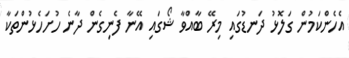
އެހެންކަމުން ގަލޮޅު ދަނޑުގައި މިރޭ ބާއްވާ ޝޯގައި އޭނާ ފެނިގެން ދާނެ ހުށަހެޅުންތަކާ